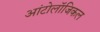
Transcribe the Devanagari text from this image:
आंटोलॉजिकल